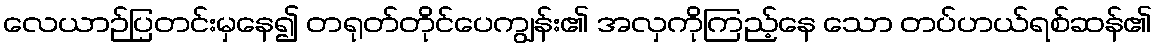
လေယာဉ်ပြတင်းမှနေ၍ တရုတ်တိုင်ပေကျွန်း၏ အလှကိုကြည့်နေ သော တပ်ဟယ်ရစ်ဆန်၏